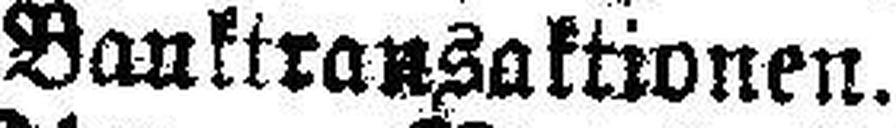
Banktransaktionen.